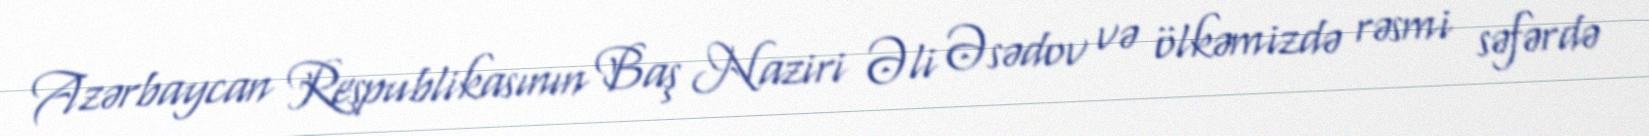
Azərbaycan Respublikasının Baş Naziri Əli Əsədov və ölkəmizdə rəsmi səfərdə